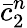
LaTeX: \bar{c}_{2}^{n}